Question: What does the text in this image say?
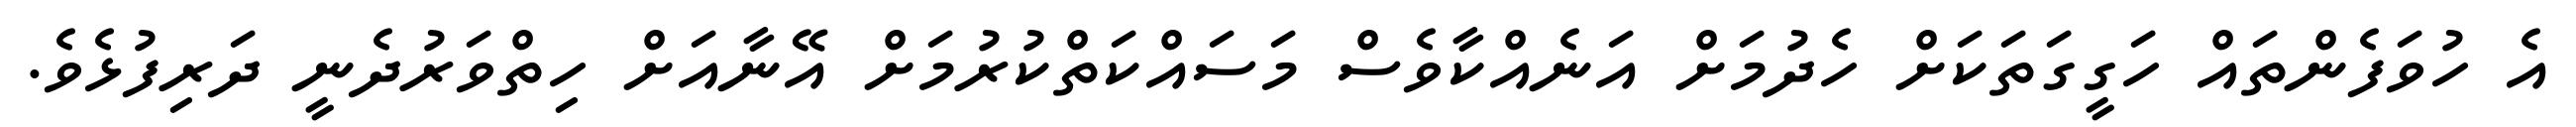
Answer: އެ ހުވަފެންތައް ހަގީގަތަކަށް ހެދުމަށް އަނެއްކާވެސް މަސައްކަތްކުރުމަށް އޭނާއަށް ހިތްވަރުދެނީ ދަރިފުޅެވެ.